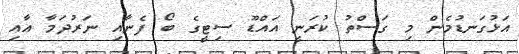
އަޅުގަނޑުމެން މި ގަސްތު ކުރަނީ އައްޑޫ ސިޓީގެ ބޯ ފެނާއި ނަރުދަމާ އާއި